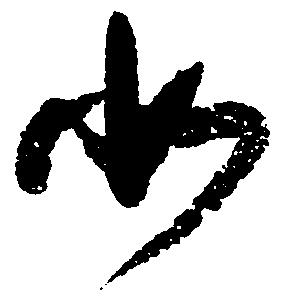
如